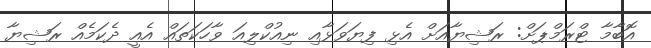
އޮބާމާ ޓްރަމްޕަށް: ރަޝިޔާއަށް އެޅި ފިޔަވަޅާއި ނިއުކްލިއަ ވާހަކަތައް އެއީ ދެކަމެއް ރަޝިޔާ